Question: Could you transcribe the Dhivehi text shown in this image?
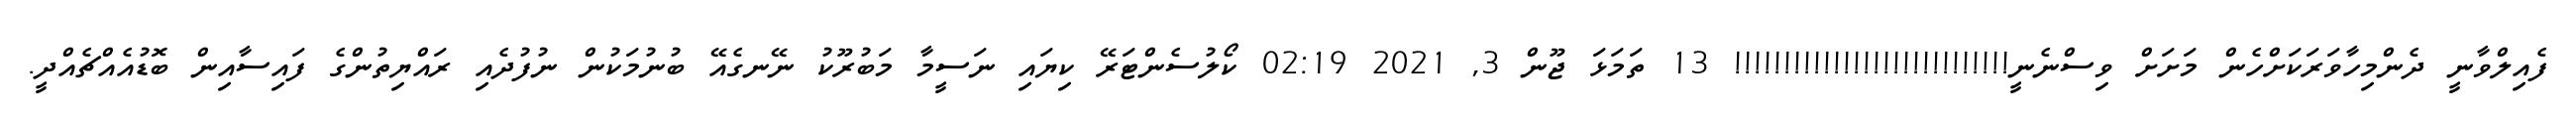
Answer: ފެއިލްވާނީ ދެންމިހާވަރަކަށްހެން މަށަށް ވިސްނެނީ!!!!!!!!!!!!!!!!!!!!!!!!!!!! 13 ތަމަޅަ ޖޫން 3, 2021 02:19 ކޯލުސެންޓަރޭ ކިޔައި ނަސީމާ މަބުރޫކު ނޭނގެއޭ ބުނުމަކުން ނުފުދެއި ރައްޔިތުންގެ ފައިސާއިން ބޮޑުއެއްޗެއްދީ.